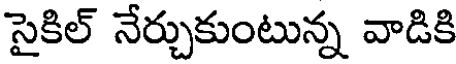
సైకిల్ నేర్చుకుంటున్న వాడికి